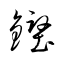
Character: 鏗